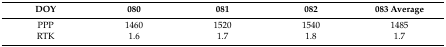
<table><thead><tr><td><b>DOY</b></td><td><b>080</b></td><td><b>081</b></td><td><b>082</b></td><td><b>083 Average</b></td></tr></thead><tbody><tr><td>PPP</td><td>1460</td><td>1520</td><td>1540</td><td>1485</td></tr><tr><td>RTK</td><td>1.6</td><td>1.7</td><td>1.8</td><td>1.7</td></tr></tbody></table>